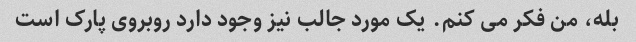
بله، من فکر می کنم. یک مورد جالب نیز وجود دارد روبروی پارک است